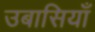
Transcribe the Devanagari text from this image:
उबासियाँ